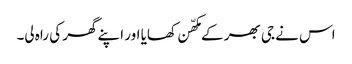
اس نے جی بھر کے مکھّن کھایا اور اپنے گھر کی راہ لی۔